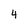
Character: 4